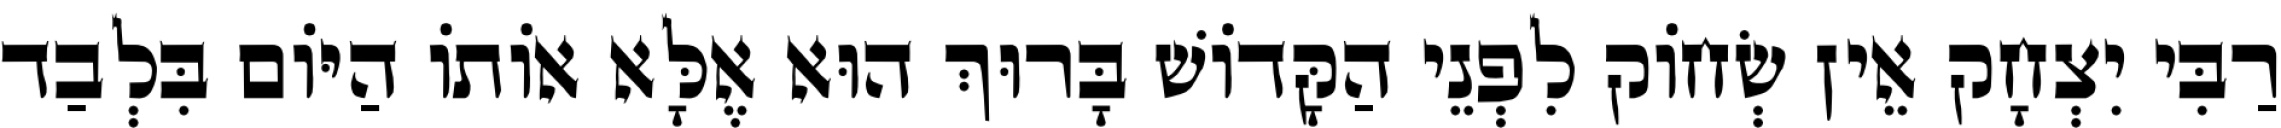
רַבִּי יִצְחָק אֵין שְׂחוֹק לִפְנֵי הַקָּדוֹשׁ בָּרוּךְ הוּא אֶלָּא אוֹתוֹ הַיּוֹם בִּלְבַד